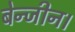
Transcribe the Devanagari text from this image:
बेन्जीन।